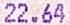
22.64